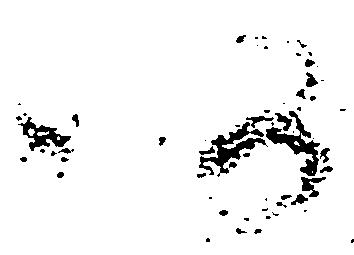
仍